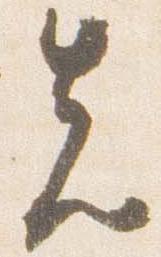
先